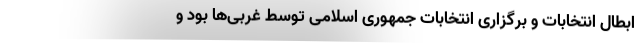
ابطال انتخابات و برگزاری انتخابات جمهوری اسلامی توسط غربی‌ها بود و